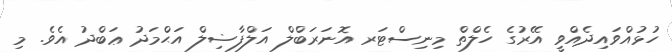
ހުޅުއްވައިދެއްވީ އޭރުގެ ހެލްތް މިނިސްޓަރ އޮނަރަބްލް އަލްފާޟިލް އަޙްމަދު ޢަބްދު އެވެ. މި